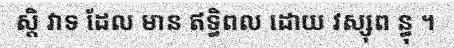
ស្តិ វាទ ដែល មាន ឥទ្ធិពល ដោយ វស្សុព ន្ធុ ។